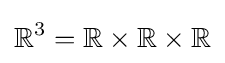
\mathbb {R} ^{3}=\mathbb {R} \times \mathbb {R} \times \mathbb {R}